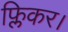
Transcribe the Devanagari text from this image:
फ्लिकर।